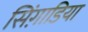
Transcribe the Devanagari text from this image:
सिंगाडि़या